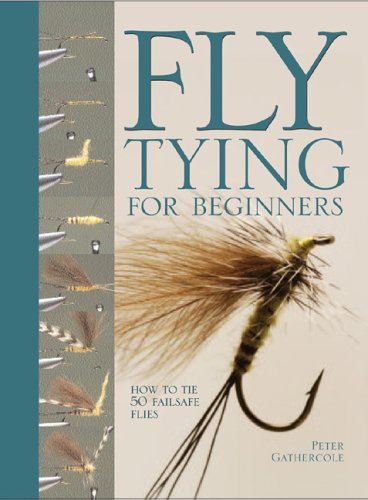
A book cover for Fly Tying For Beginners: How to Tie 50 Failsafe Flies; Peter Gathercole; Sports & Outdoors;